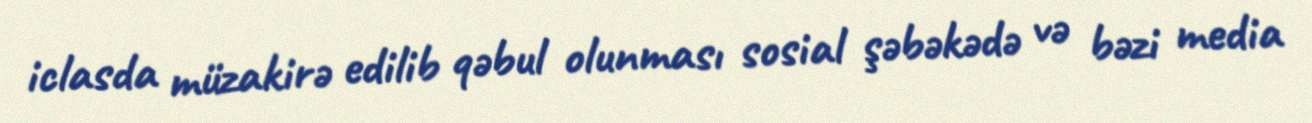
iclasda müzakirə edilib qəbul olunması sosial şəbəkədə və bəzi media